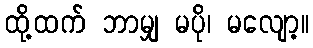
ထို့ထက် ဘာမျှ မပို၊ မလျော့။